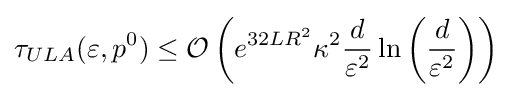
\tau _{ULA}(\varepsilon ,p^{0})\leq {\mathcal {O}}\left(e^{32LR^{2}}\kappa ^{2}{\frac {d}{\varepsilon ^{2}}}\ln \left({\frac {d}{\varepsilon ^{2}}}\right)\right)